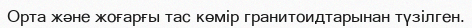
Орта және жоғарғы тас көмір гранитоидтарынан түзілген.